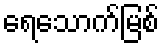
ရေသောက်မြစ်